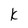
Character: k